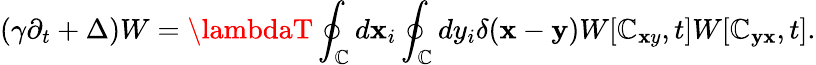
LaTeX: \left(\gamma\partial_{t}+\Delta\right)W=\lambdaT\oint_{\mathbb{C}}^{}d\mathbf{x}_{i}\oint_{\mathbb{C}}^{}dy_{i}\delta({\mathbf{\mathbf{x}}}-{\mathbf{y}})W[\mathbb{C}_{\mathbf{\mathbf{x}}y},t]W[\mathbb{C}_{\mathbf{y}\mathbf{x}},t].